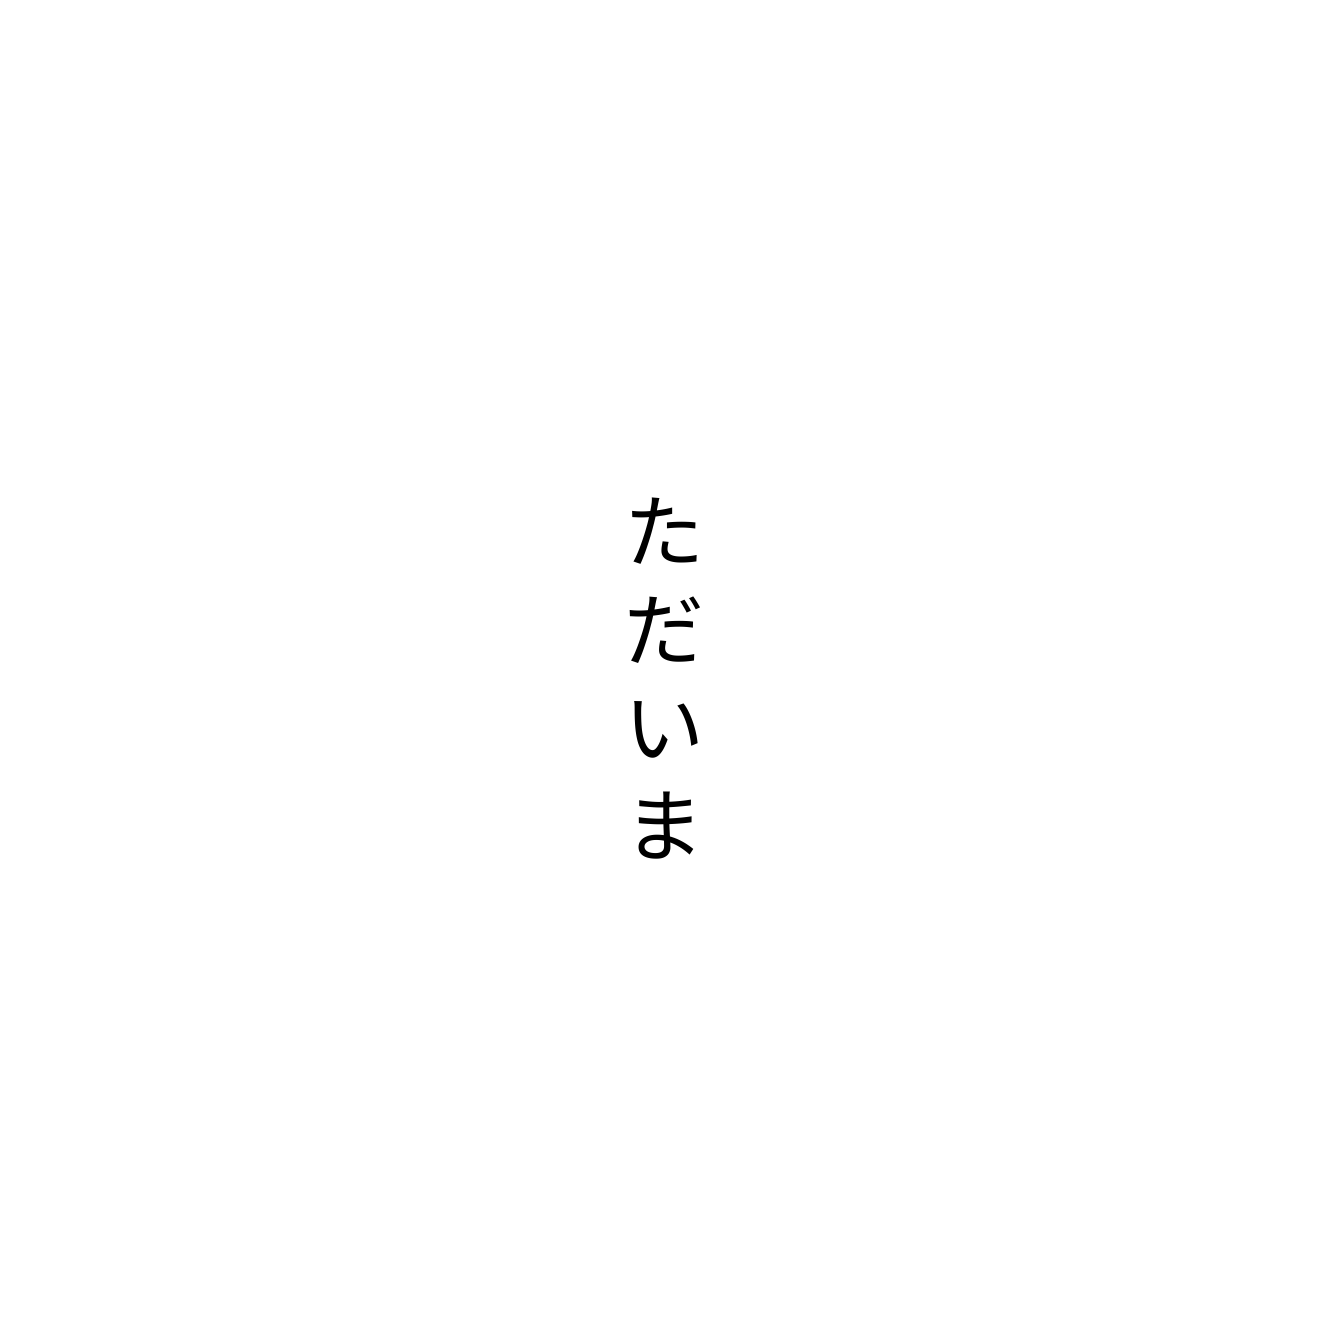
ただいま